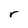
Character: r